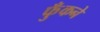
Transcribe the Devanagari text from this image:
फुँकने